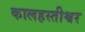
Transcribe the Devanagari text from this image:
कालहस्तीश्वर